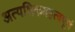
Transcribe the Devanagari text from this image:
अत्यधिकमहत्वपूर्ण